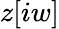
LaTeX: z[iw]